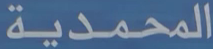
المحمدية